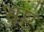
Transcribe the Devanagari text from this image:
भ्रष्टे